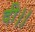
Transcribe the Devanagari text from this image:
दी।।